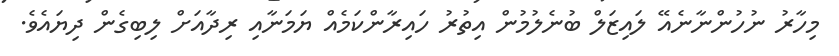
މިހާރު ނުހުންނާނެއޭ ލައިޒަލް ބުނެލުމުން އިތުރު ހައިރާންކަމެއް ޔަމަނާއި ރިދާއަށް ލިބިގެން ދިޔައެވެ.